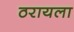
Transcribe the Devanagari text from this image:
ठरायला